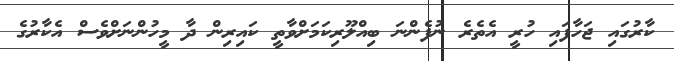
ކާރުގައި ޖަހާފައި ހުރީ އެތެރެ ނުފެންނަ ބިއްލޫރިކަމަށްވާތީ ކައިރިން ދާ މީހުންނަށްވެސް އެކާރުގެ